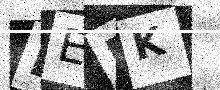
Text: BEMK